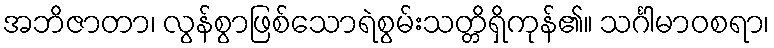
အဘိဇာတာ၊ လွန်စွာဖြစ်သောရဲစွမ်းသတ္တိရှိကုန်၏။ သင်္ဂါမာဝစရာ၊